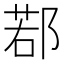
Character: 鄀